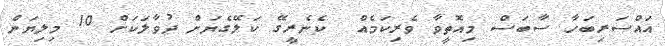
އައްސަރިބަހާ ސާބަސް މިއޮތީވާ ވެރިކަމެއް  ކެނެރީގޭ ކަލޭގެޔަށް ދުވާލަކަށް 10 މިލިޔަން